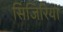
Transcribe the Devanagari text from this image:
सिजिरिया